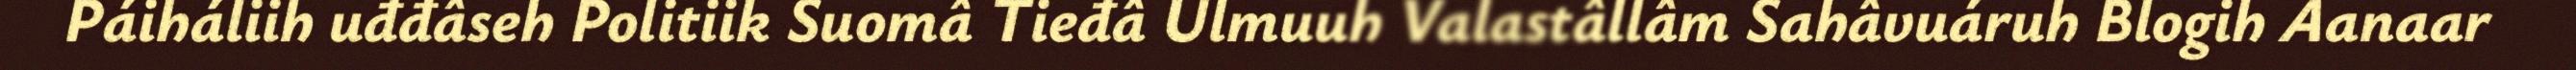
Páiháliih uđđâseh Politiik Suomâ Tieđâ Ulmuuh Valastâllâm Sahâvuáruh Blogih Aanaar